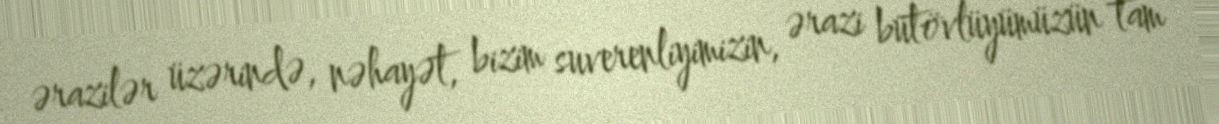
ərazilər üzərində, nəhayət, bizim suverenliyimizin, ərazi bütövlüyümüzün tam